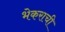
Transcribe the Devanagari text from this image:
भेकराची